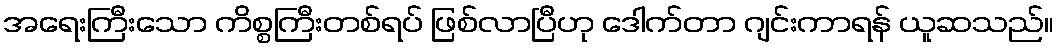
အရေးကြီးသော ကိစ္စကြီးတစ်ရပ် ဖြစ်လာပြီဟု ဒေါက်တာ ဂျင်းကာရန် ယူဆသည်။